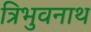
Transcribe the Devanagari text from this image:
त्रिभुवनाथ